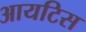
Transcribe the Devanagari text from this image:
आयटिस